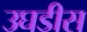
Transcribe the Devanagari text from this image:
उघडीस